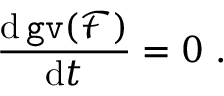
\frac { \mathrm { d } \, \mathtt { g v } ( { \mathcal F } ) } { \mathrm { d } t } = 0 \ .